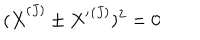
LaTeX: ( { \dot { X } } ^ { ( J ) } \pm { X ^ { \prime } } ^ { ( J ) } ) ^ { 2 } = 0